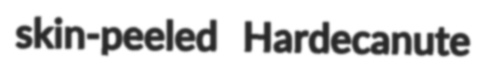
skin-peeled Hardecanute